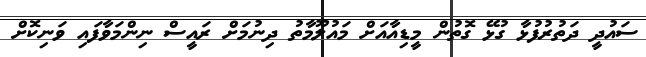
ސައުދީ ދަތުރުފުޅާ ގުޅޭ ގޮތުން މީޑިއާއަށް މައުލޫމާތު ދިނުމަށް ރައީސް ނިންމަވާފައި ވަނިކޮށް